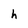
Character: h